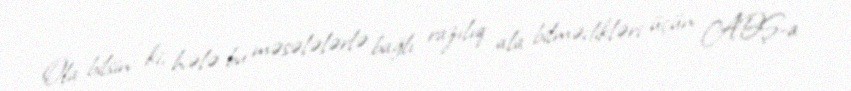
Ola bilsin ki, hələ bu məsələlərlə bağlı razılıq ala bilmədikləri üçün ABŞ-a